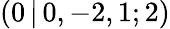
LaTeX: (0\, |\, 0,-2,1;2)